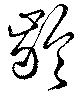
齢